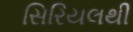
સિરિયલથી